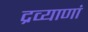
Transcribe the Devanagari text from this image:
द्रव्याणां